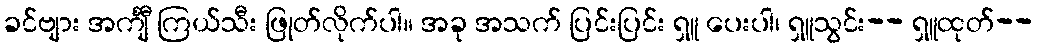
ခင်ဗျား အင်္ကျီ ကြယ်သီး ဖြုတ်လိုက်ပါ။ အခု အသက် ပြင်းပြင်း ရှူ ပေးပါ၊ ရှူသွင်း-- ရှူထုတ်--